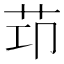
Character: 𦭎